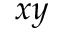
x y